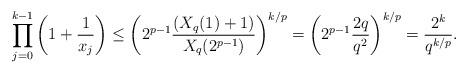
LaTeX: \begin{align*}\prod_{j=0}^{k-1} \left(1 + \frac{1}{x_j} \right) &\leq \left(2^{p-1} \frac{(X_q(1) + 1)}{X_q(2^{p-1})} \right)^{k/p} = \left(2^{p-1} \frac{2q}{q^2} \right)^{k/p} = \frac{2^k}{q^{k/p}}. \end{align*}